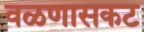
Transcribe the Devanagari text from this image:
वळणासकट